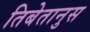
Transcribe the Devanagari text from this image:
तिबेतानुस